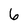
Character: 6